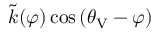
\tilde { k } ( \varphi ) \cos { ( \theta _ { \mathrm { V } } - \varphi ) }